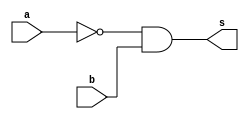
// 01.) Projetar e descrever em Verilog, usando apenas portas nativas nand
// um mdulo equivalente  expresso (~a & b).
// O nome do arquivo dever ser Exemplo_0502.v,
// e poder seguir o modelo descrito anteriormente.
// Incluir previso de testes.
// Simular o mdulo no Logisim e 
// apresentar layout do circuito e subcircuitos.

 //TRUTH TABLE
 //Nome: Frederico Malaquias Caldeira
 // ---------------------


module f5a ( output s,
 input a,
 input b );
// definir dado local
 wire not_a;
// descrever por portas
 not NOT1 ( not_a, a );
 and AND1 ( s, not_a, b );
endmodule 

module f5b ( output s,
 input a,
 input b );
// descrever por expressao
 assign s = ~a & b;
endmodule // f5b
module test_f5;
// ------------------------- definir dados
 reg x;
 reg y;
 wire a, b;
 f5a moduloA ( a, x, y );
 f5b moduloB ( b, x, y );
// ------------------------- parte principal
 initial
 begin : main
 $display("Exemplo_0505 - Frederico_Malaquias - 05/03/22");
 $display("Test module");
 $display(" x y a b");
 // projetar testes do modulo
 $monitor("%4b %4b %4b %4b", x, y, a, b);
 x = 1'b0; y = 1'b0;
 #1 x = 1'b0; y = 1'b1;
 #1 x = 1'b1; y = 1'b0;
 #1 x = 1'b1; y = 1'b1;
 end
endmodule 

/* previsao de testes 
Test module
 x y a b
   0    0    0    1    
   0    0    0    1
   1    1    1    1
   0    0    0    0
*/